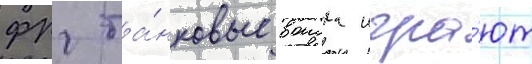
фрг та́нковые воиска игра́ют